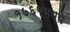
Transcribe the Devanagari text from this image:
१७६९मध्ये